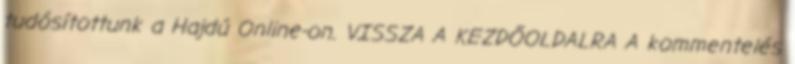
tudósítottunk a Hajdú Online-on. VISSZA A KEZDŐOLDALRA A kommentelés